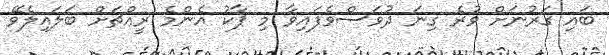
ބައި ގަރުނަށް ވުރެ ގިނަ ދުވަސްވެފައިވާ މި ޕާކު އެންމެ ރީއްޗަށް ބަލައިލެވޭ